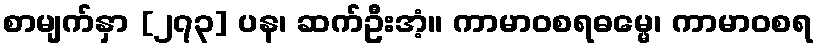
စာမျက်နှာ [၂၇၃] ပန၊ ဆက်ဦးအံ့။ ကာမာဝစရဓမ္မေ၊ ကာမာဝစရ